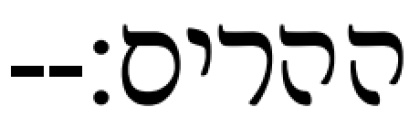
ההרים׃--